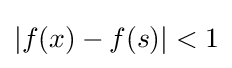
|f(x)-f(s)|<1